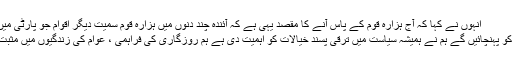
انہوں نے کہا کہ آج ہزارہ قوم کے پاس آنے کا مقصد یہی ہے کہ آئندہ چند دنوں میں ہزارہ قوم سمیت دیگر اقوام جو پارٹی میں شمولیت کریں گے
ان تک اپنے منشور کو پہنچائیں گے ہم نے ہمیشہ سیاست میں ترقی پسند خیالات کو اہمیت دی ہے ہم روزگاری کی فراہمی ، عوام کی زندگیوں میں مثبت تبدیلیاں لائیں گے ۔